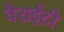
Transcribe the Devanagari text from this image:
वैराईटी